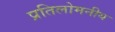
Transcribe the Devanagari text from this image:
प्रतिलोमनीय